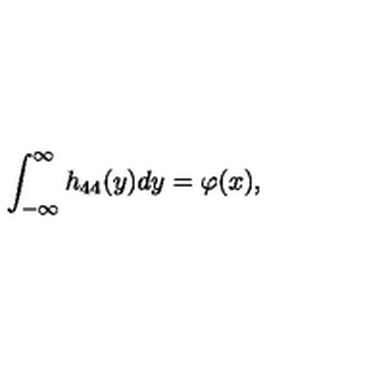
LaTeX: \int _ { - \infty } ^ { \infty } h _ { 4 4 } ( y ) d y = \varphi ( x ) ,